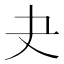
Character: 𡗒